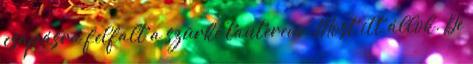
csapásra felfalt a szürke tanterem. Most itt állok. De